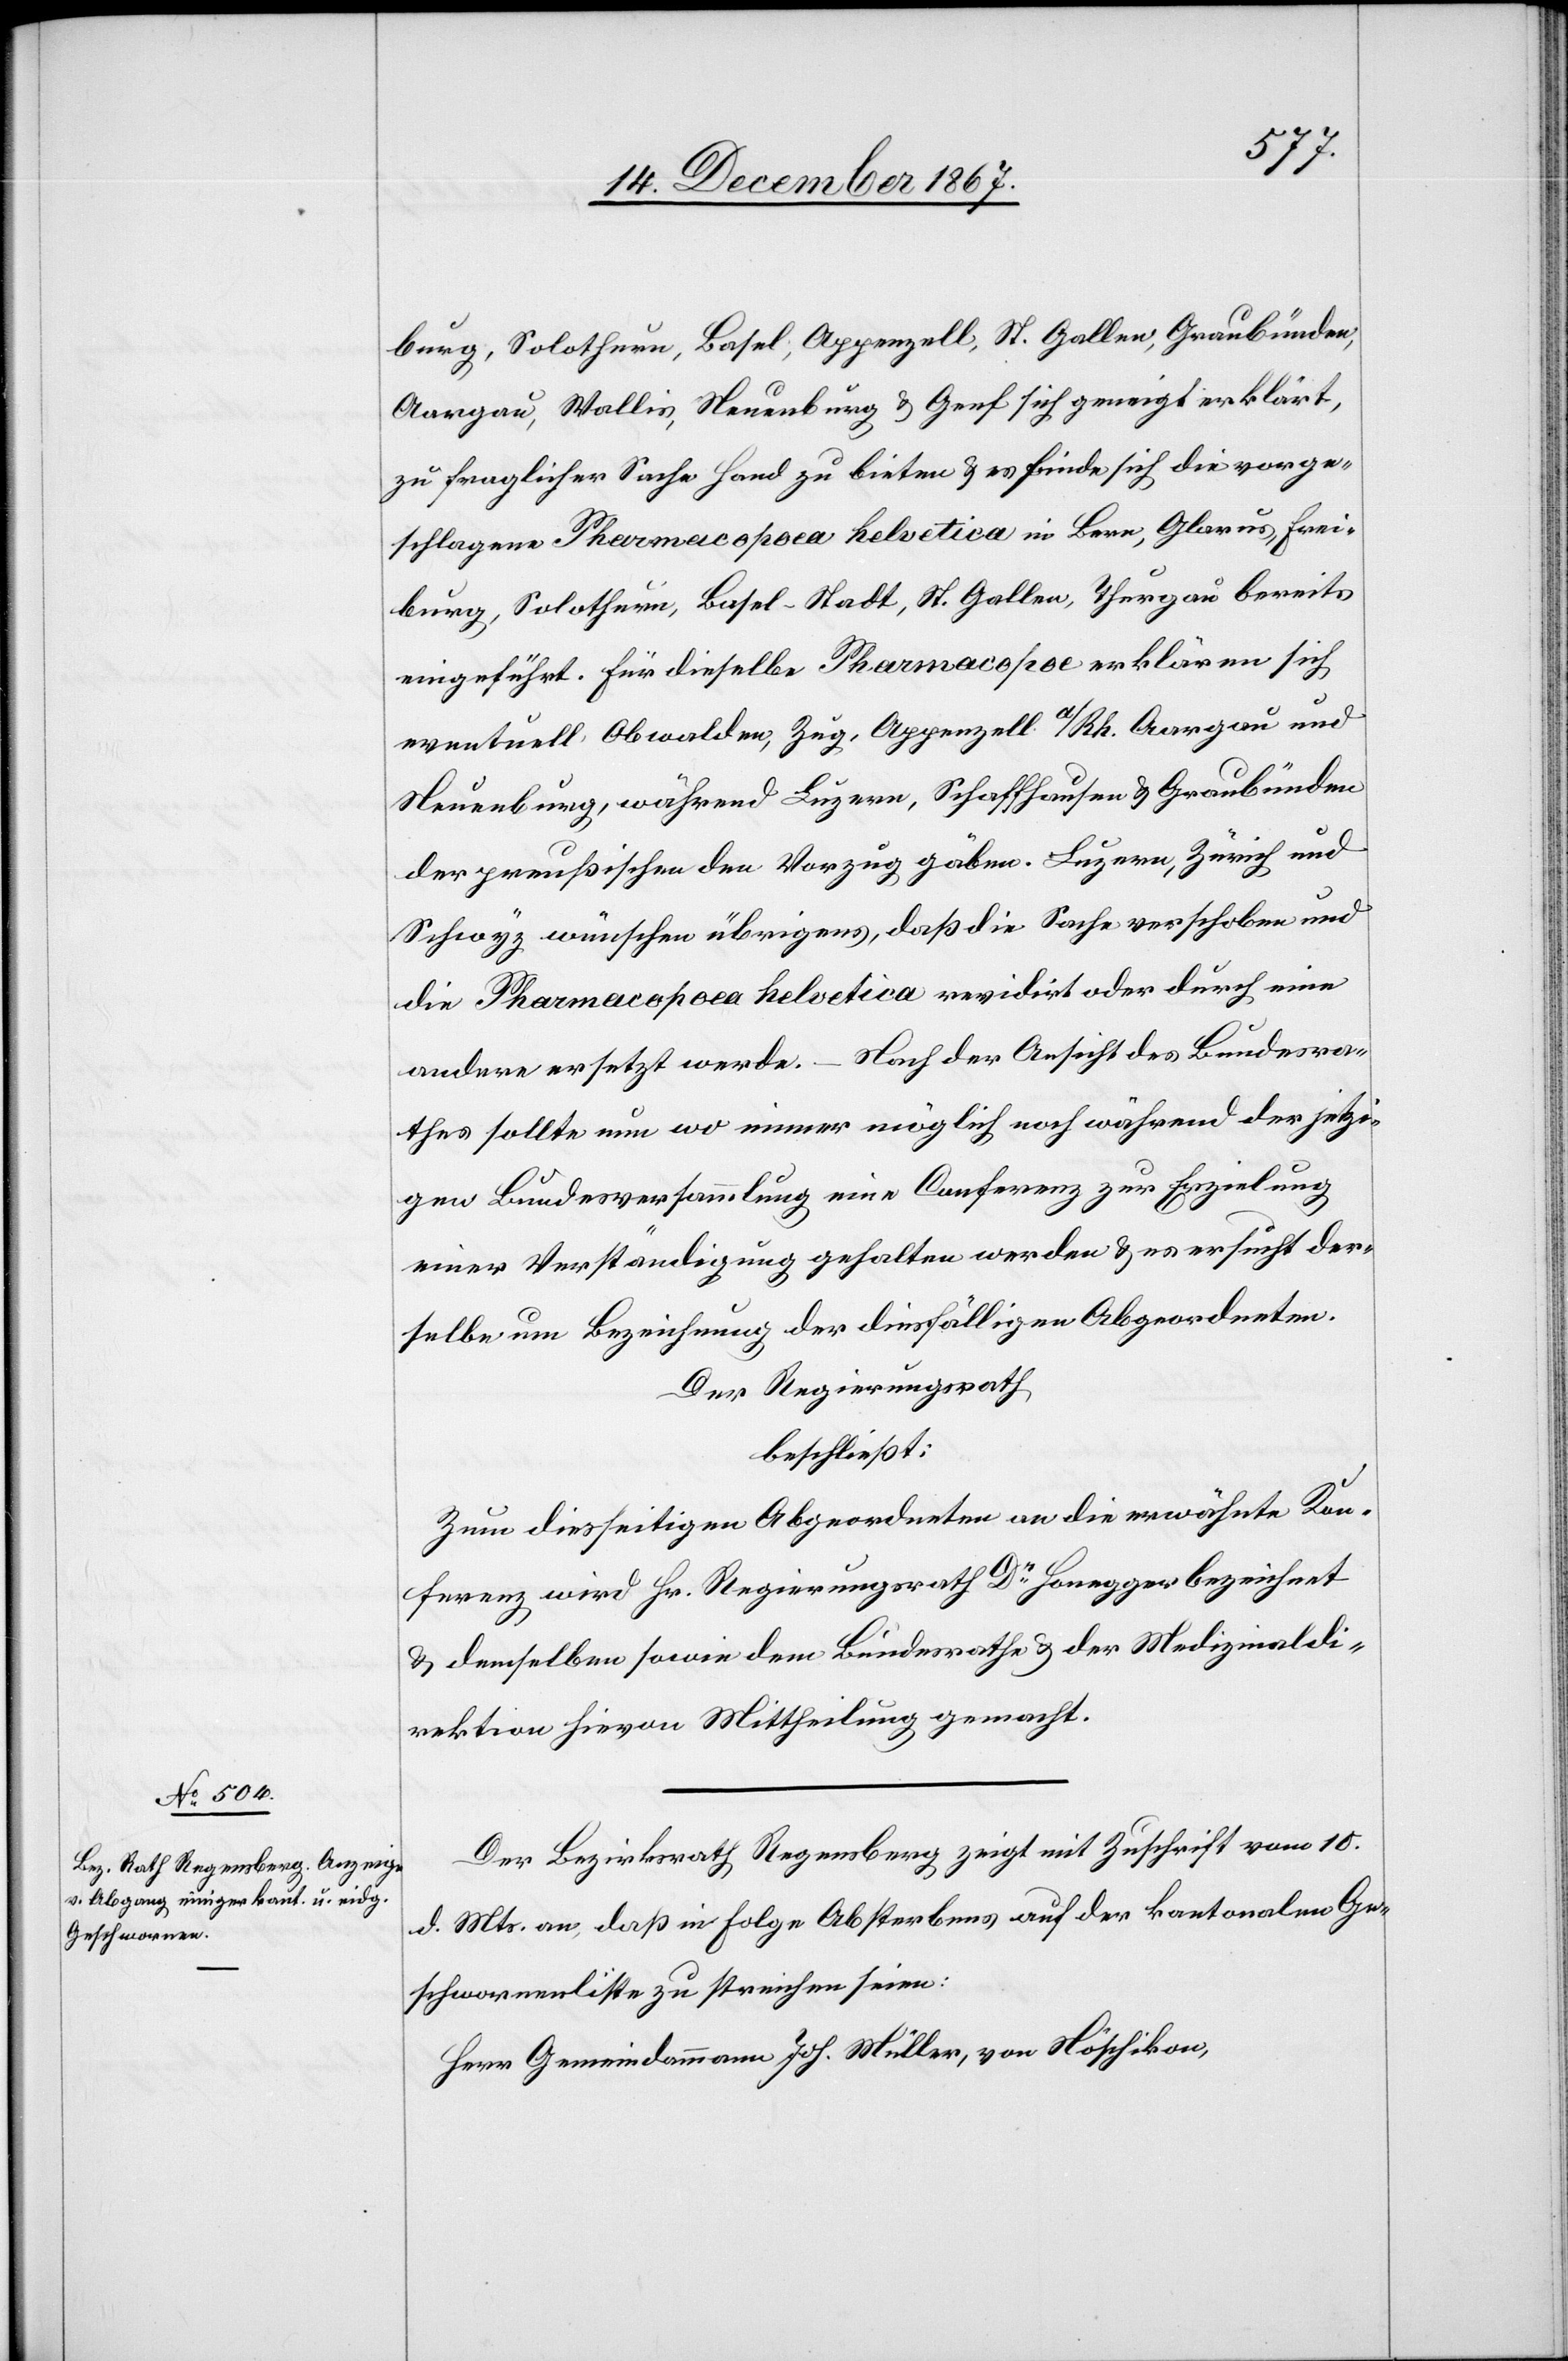
burg, Solothurn, Basel, Appenzell, St. Gallen, Graubünden,
Aargau, Wallis, Neuenburg u. Genf sich geneigt erklärt,
zu fraglicher Sache Hand zu bieten u. es finde sich die vorge¬
schlagene Pharmacopoea helvetica in Bern, Glarus, Frei¬
burg, Solothurn, Basel-Stadt, St. Gallen, Thurgau bereits
eingeführt. Für dieselbe Pharamacopoe erklären sich
eventuell Obwalden, Zug, Appenzell a/Rh., Aargau und
Neuenburg, während Luzern, Schaffhausen u. Graubünden
der preußischen den Vorzug gäben. Luzern, Zürich und
Schwyz wünschen übrigens, daß die Sache verschoben und
die Pharamcopoea helvetica revidirt ode durhc eine
andere ersetzt werde. – Nach der Ansicht des Bundesra¬
thes sollte nun wo immer möglich noch während der jetzi¬
gen Bundesversammlung eine Conferenz zur Erzielung
einer Verständigung gehalten werden u. es ersucht der¬
selbe um Bezeichnung der diesfälligen Abeordneten.
Der Regierungsrath,
beschließt:
Zum diesseitigen Abgeordneten an die erwähnte Kon¬
ferenz wird Hr. Regierungsrath Dr. Honegger bezeichnet
u. demselben sowie dem Bundesrathe u. der Medizinaldi¬
rektion hievon Mittheilung gemacht.
Der Bezirksrath Regensberg zeigt mit Zuschrift vom 10.
d. Mts. an, daß in Folge Absterbens auf der kantonalen Ge¬
schwornenliste zu streichen seien: